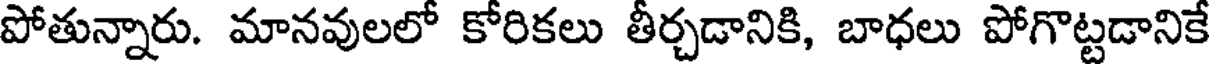
పోతున్నారు. మానవులలో కోరికలు తీర్చడానికి, బాధలు పోగొట్టడానికే